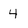
Character: 4